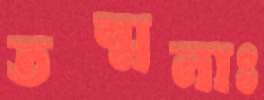
তন্মনাঃ